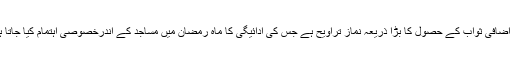
اس اضافی ثواب کے حصول کا بڑا ذریعہ نماز تراویح ہے جس کی ادائیگی کا ماہ رمضان میں مساجد کے اندرخصوصی اہتمام کیا جاتا ہے۔